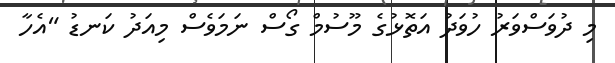
މި ދުވަސްވަރު ހުވަދު އަތޮޅުގެ މޫސުމް ގޯސް ނަމަވެސް މިއަދު ކަނޑު "އެހާ